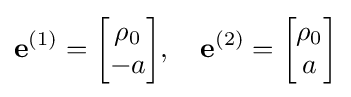
\mathbf {e} ^{(1)}={\begin{bmatrix}\rho _{0}\\-a\end{bmatrix}},\quad \mathbf {e} ^{(2)}={\begin{bmatrix}\rho _{0}\\a\end{bmatrix}}